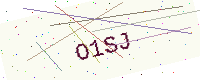
Text: O1SJ